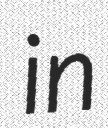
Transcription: in